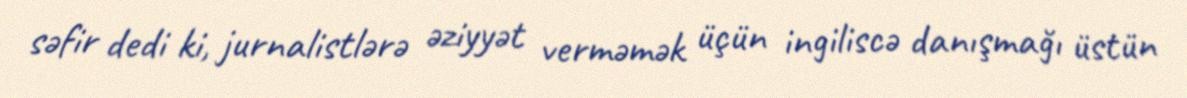
səfir dedi ki, jurnalistlərə əziyyət verməmək üçün ingiliscə danışmağı üstün